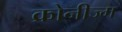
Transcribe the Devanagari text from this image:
क्रोनीज्म